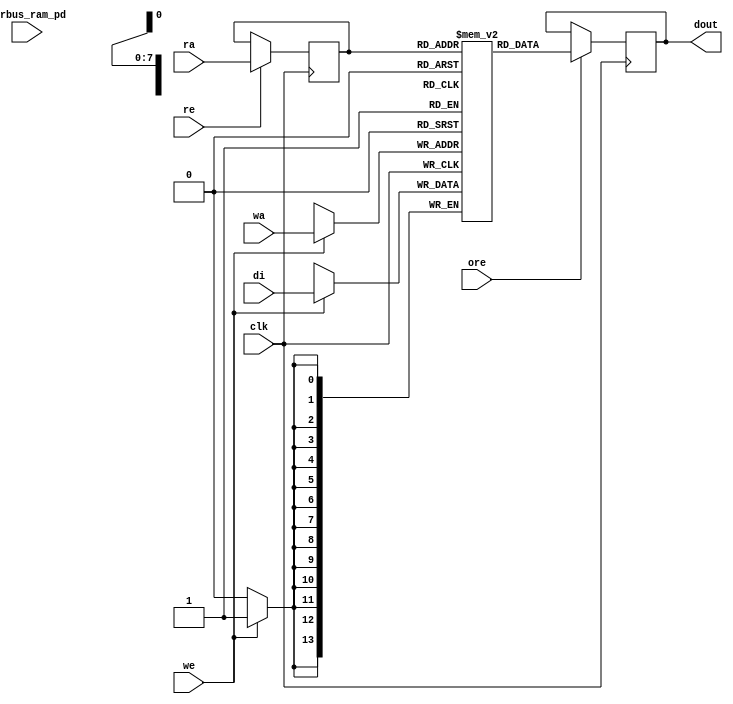

module nv_ram_rwsp_256x14 ( 
		clk,
		ra,
		re,
		ore,
		dout,
		wa,
		we,
		di,
		pwrbus_ram_pd
);

parameter FORCE_CONTENTION_ASSERTION_RESET_ACTIVE=1'b0;

// port list
input			clk;
input	[7:0]	ra;
input			re;
input			ore;
output	[13:0]	dout;
input	[7:0]	wa;
input			we;
input	[13:0]	di;
input	[31:0]	pwrbus_ram_pd;

//reg and wire list
reg		[7:0]	ra_d;
wire	[13:0]	dout;
reg		[13:0]	M	[255:0];

always @( posedge clk ) begin
    if (we)
       M[wa] <= di;
end
 
always @( posedge clk ) begin
    if (re) 
       ra_d <= ra;
end

wire	[13:0]	dout_ram = M[ra_d];

reg		[13:0]	dout_r;
always @( posedge clk ) begin
   if (ore)
       dout_r <= dout_ram;
end

assign dout = dout_r;


endmodule